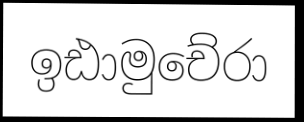
ඉඪාමුචේරා